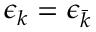
\epsilon _ { k } = \epsilon _ { \bar { k } }